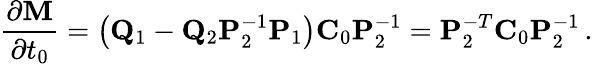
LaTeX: \frac{\partial{\mathbf M}}{\partial t_{0}}=\left({\mathbf Q}_{1}-{\mathbf Q}_{2}{\mathbf P}_{2}^{-1}{\mathbf P}_{1}\right){\mathbf C}_{0}{\mathbf P}_{2}^{-1}={\mathbf P}_{2}^{-T}{\mathbf C}_{0}{\mathbf P}_{2}^{-1}\, .